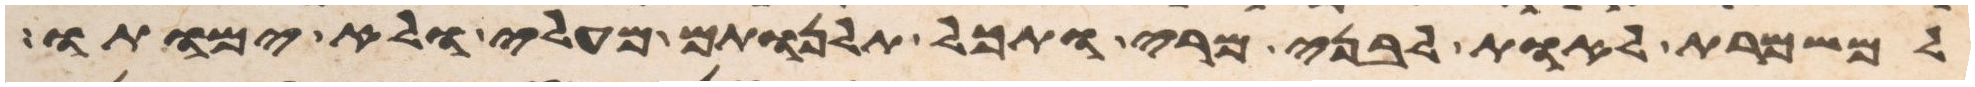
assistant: למשמרת לאות לבני מרי ותכל תלנותם מעלי ולא ימותו